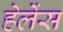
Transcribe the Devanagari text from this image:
हेलेंस